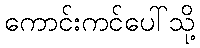
ကောင်းကင်ပေါ်သို့